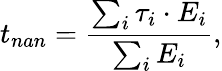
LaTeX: t_{nan}=\frac{\sum_{i}\tau_{i}\cdot E_{i}}{\sum_{i}E_{i}},